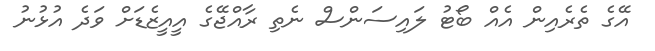
އޭގެ ތެރެއިން އެއް ބޯޓު ލައިސަންސް ނެތި ރާއްޖޭގެ އީއީޒެޑަށް ވަދެ އުޅުނު